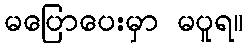
မပြောပေးမှာ မပူရ။